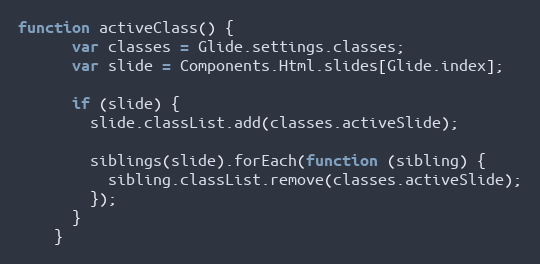
Language: JavaScript
function activeClass() {
      var classes = Glide.settings.classes;
      var slide = Components.Html.slides[Glide.index];

      if (slide) {
        slide.classList.add(classes.activeSlide);

        siblings(slide).forEach(function (sibling) {
          sibling.classList.remove(classes.activeSlide);
        });
      }
    }